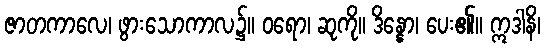
ဇာတကာလေ၊ ဖွားသောကာလ၌။ ဝရော၊ ဆုကို။ ဒိန္နော၊ ပေး၏။ ဣဒါနိ၊